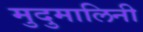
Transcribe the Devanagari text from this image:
मुदुमालिनी